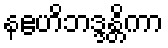
နဧဟိဘဒ္ဒန္တိကာ